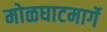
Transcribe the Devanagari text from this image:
मोळघाटमार्गे